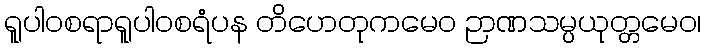
ရူပါဝစရာရူပါဝစရံပန တိဟေတုကမေဝ ဉာဏသမ္ပယုတ္တမေဝ၊